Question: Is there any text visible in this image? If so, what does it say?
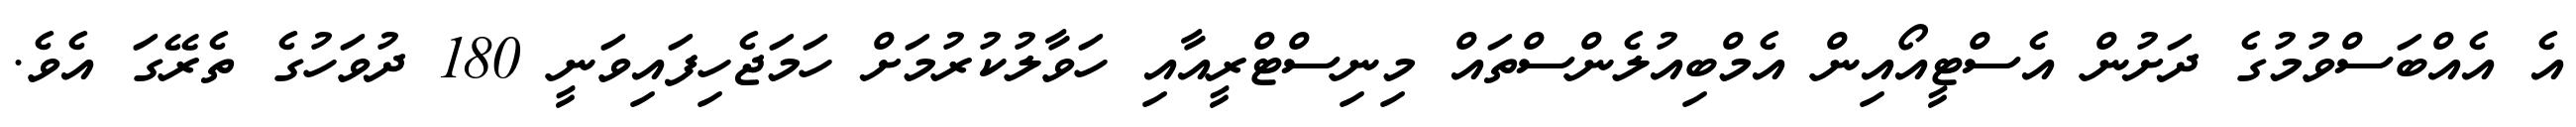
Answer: އެ އެއްބަސްވުމުގެ ދަށުން އެސްޓީއޯއިން އެމްބިއުލެންސްތައް މިނިސްޓްރީއާއި ހަވާލުކުރުމަށް ހަމަޖެހިފައިވަނީ 180 ދުވަހުގެ ތެރޭގަ އެވެ.